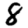
Digit: 8